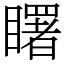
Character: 𥌓